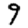
Digit: 9